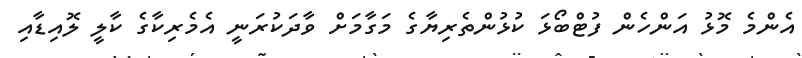
އެންމެ މޮޅު އަންހެން ފުޓްބޯޅަ ކުޅުންތެރިޔާގެ މަގާމަށް ވާދަކުރަނީ އެމެރިކާގެ ކާލީ ލޮއިޑާއި